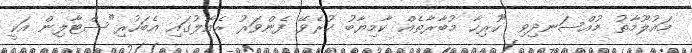
މައުލޫމާތު މުއްސަނދިވި "ހުރިހާ މުބާރާތެއް ކާމިޔާބު ކުރެވޭ ފެންވަރު ރެއާލުގައި އެބަހުރި"ސްޓާލިން އަކީ